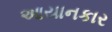
આયાનકાર